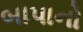
બાપાનો